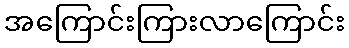
အကြောင်းကြားလာကြောင်း